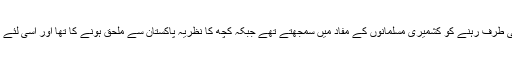
شروعات سے ہی کشمیر کے مسلمانوں میں اتحاد نہیں تھا، کچھ مسلمان ہندوستان کی طرف رہنے کو کشمیری مسلمانوں کے مفاد میں سمجھتے تھے جبکہ کچھ کا نظریہ پاکستان سے ملحق ہونے کا تھا اور اسی لئے ہندوستان کشمیر میں ریفرنڈم کرانے کی اقوام متحدہ کی تجویز کی مخالفت کرتا ہے۔